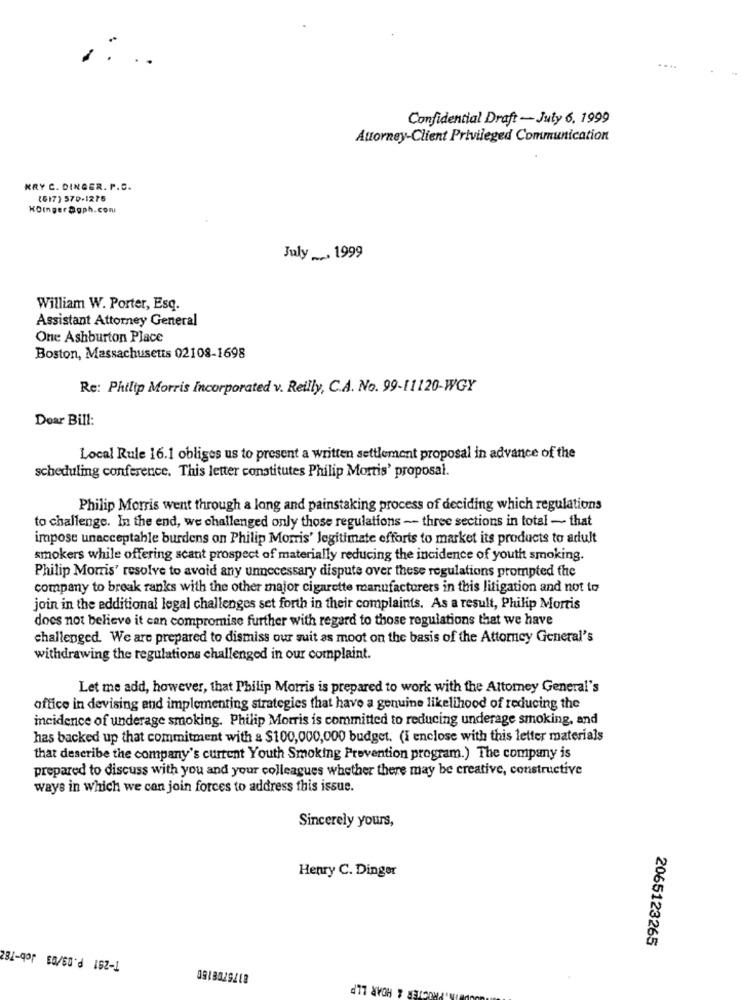
Confidential Draft - July 6. 1999
Attorney-Client Privileged Communication
KRY C. DINGER. P.C.
(617) 570-1275
KOInger@gph.com
July . 1999
William W. Porter, Esq.
Assistant Attorney General
One Ashburton Place
Boston, Massachusetts 02108-1698
Re: Philip Morris Incorporated v. Reilly, C.A. No. 99-11120-WGY
Dear Bill:
Local Rule 16.1 obliges us to present a written settlement proposal in advance of the
scheduling conference. This letter constitutes Philip Morris' proposal.
Philip Morris went through a long and painstaking process of deciding which regulations
to challenge. In the end, we challenged only those regulations - three sections in total - that
impose unacceptable burdens on Philip Morris' legitimate efforts to market its products to ariult
smokers while offering scant prospect of materially reducing the incidence of youth smoking.
Philip Morris' resolve to avoid any unnecessary dispute over these regulations prompted the
company to break ranks with the other major cigarette manufacturers in this litigation and not to
join in the additional legal challenges set forth in their complaints. As a result, Philip Morris
does not believe it can compromise further with regard to those regulations that we have
challenged. We are prepared to dismiss our suit as moot on the basis of the Attorney General's
withdrawing the regulations challenged in our complaint.
Let me add, however, that Philip Morris is prepared to work with the Attorney General's
office in devising and implementing strategies that have a genuine likelihood of reducing the
incidence of underage smoking. Philip Morris is committed to reducing underage smoking, and
has backed up that commitment with a $100,000,000 budget. (I enclose with this letter materials
that describe the company's current Youth Smoking Prevention program.) The company is
prepared to discuss with you and your colleagues whether there may be creative, constructive
ways in which we can join forces to address this issue.
Sincerely yours,
Henry C. Dinger
T-291 P.03/03 Job-782
2065123265
PROCTER & HOAR LLP